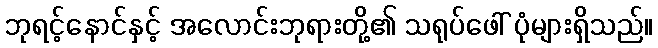
ဘုရင့်နောင်နှင့် အလောင်းဘုရားတို့၏ သရုပ်ဖေါ် ပုံများရှိသည်။